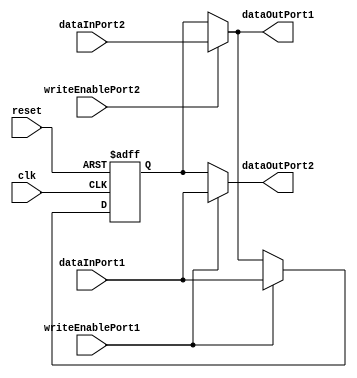
module DualPortBypassRegister (
    input wire clk,
    input wire reset,
    input wire [DATA_WIDTH-1:0] dataInPort1,
    input wire writeEnablePort1,
    input wire [DATA_WIDTH-1:0] dataInPort2,
    input wire writeEnablePort2,
    output reg [DATA_WIDTH-1:0] dataOutPort1,
    output reg [DATA_WIDTH-1:0] dataOutPort2
);

parameter DATA_WIDTH = 8;
reg [DATA_WIDTH-1:0] regData;

always @(posedge clk or posedge reset) begin
    if (reset) begin
        regData <= 0;
    end else begin
        if (writeEnablePort1) begin
            regData <= dataInPort1;
        end else if (writeEnablePort2) begin
            regData <= dataInPort2;
        end
    end
end

assign dataOutPort1 = writeEnablePort2 ? dataInPort2 : regData;
assign dataOutPort2 = writeEnablePort1 ? dataInPort1 : regData;

endmodule